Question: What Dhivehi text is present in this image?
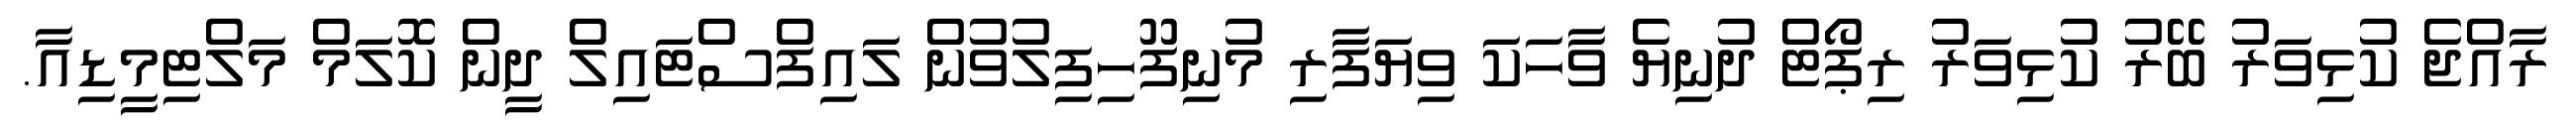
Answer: ރާއްޖެ ކުޅިވަރު ބޭރު ކުޅިވަރު ރިޕޯޓް ދުނިޔެ ވާހަކަ ވިޔަފާރި މުނިފޫހިފިލުވުން ލައިފްސްޓައިލް ދީން ކޮލަމް މަލްޓިމީޑިއާ.